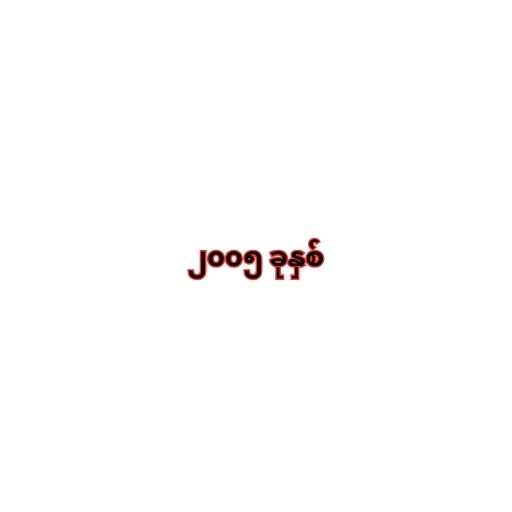
၂၀၀၅ ခုနှစ်